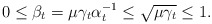
\begin{align*}0\leq\beta_t=\mu\gamma_t\alpha_t^{-1}\leq\sqrt{\mu\gamma_t}\leq 1.\end{align*}